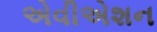
એવીએશન